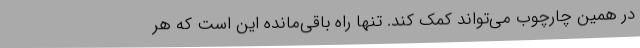
در همین چارچوب می‌تواند کمک کند. تنها راه باقی‌مانده این است که هر